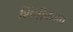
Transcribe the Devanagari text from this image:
शिंपीकाम